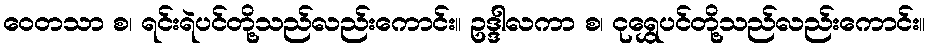
ဝေတသာ စ၊ ရင်းရဲပင်တို့သည်လည်းကောင်း။ ဥဒ္ဒါလကာ စ၊ ငုရွှေပင်တို့သည်လည်းကောင်း။